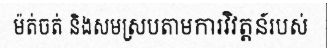
ម៉ត់ចត់ និងសមស្របតាមការវិវត្តន៍របស់